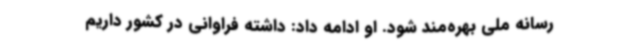
رسانه ملی بهره‌مند شود. او ادامه داد: داشته فراوانی در کشور داریم